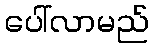
ပေါ်လာမည်